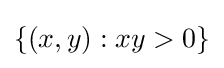
\{(x,y):xy>0\}